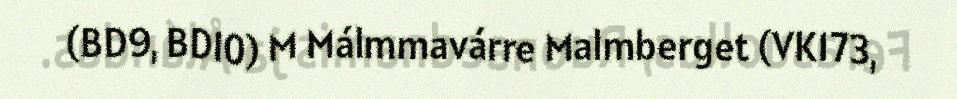
(BD9, BD10) M Málmmavárre Malmberget (VK173,